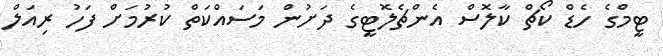
ޓީމްގެ ހެޑް ކޯޗް ކާލޮސް އެންޗެލޮޓީގެ ދަށުން މަސައްކަތް ކުރުމަށް ފަހު ރިއަލް